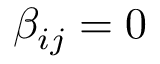
\beta _ { i j } = 0